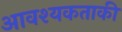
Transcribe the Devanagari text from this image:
आवश्‍यकताकी